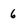
Character: 6